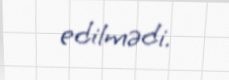
edilmədi.